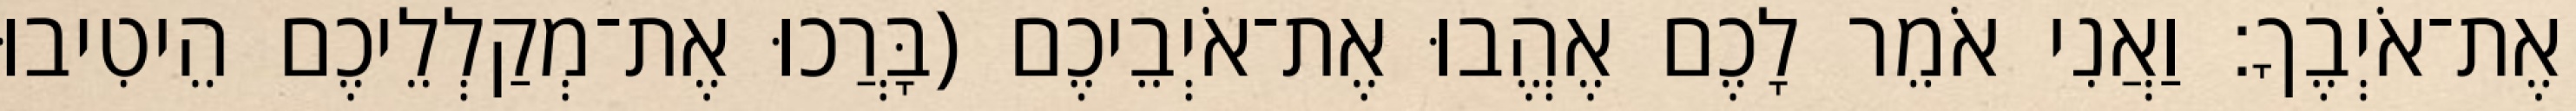
אֶת־אֹיְבֶךָ׃ וַאֲנִי אֹמֵר לָכֶם אֶהֱבוּ אֶת־אֹיְבֵיכֶם (בָּרֲכוּ אֶת־מְקַלְלֵיכֶם הֵיטִיבוּ